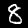
Label: 8